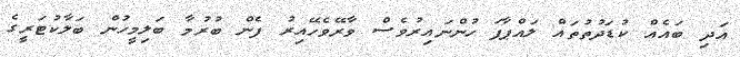
އަދި ބައެއް ކުޑަދުތުތައް ލައްޕާފަ ހުންނައިރުވެސް ވާރޭވެހޭއިރު ފެން ބުރުމާ ބަލިމީހުން ބަލާކުޓަރީގެ